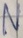
Text: N